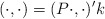
\begin{align*}(\cdot,\cdot) = (P\cdot,\cdot)' k\end{align*}